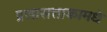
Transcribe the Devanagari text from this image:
प्रजासत्ताकामधे